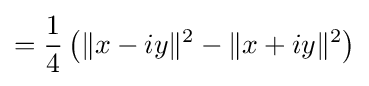
={\frac {1}{4}}\left(\|x-iy\|^{2}-\|x+iy\|^{2}\right)